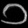
Digit: ၁